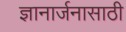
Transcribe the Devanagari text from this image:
ज्ञानार्जनासाठी